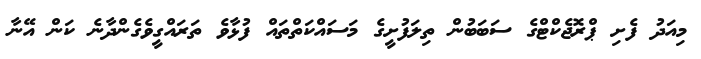
މިއަދު ފެށި ޕްރޮޖެކްޓްގެ ސަބަބުން ތިލަފުށީގެ މަސައްކަތްތައް ފުޅާވެ ތަރައްގީވެގެންދާނެ ކަން އޭނާ